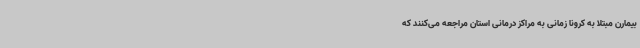
بیمارن مبتلا به کرونا زمانی به مراکز درمانی استان مراجعه می‌کنند که